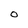
Character: O